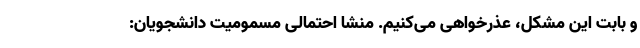
و بابت این مشکل، عذرخواهی می‌کنیم. منشا احتمالی مسمومیت دانشجویان: